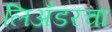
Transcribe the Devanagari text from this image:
लिअँडरचा